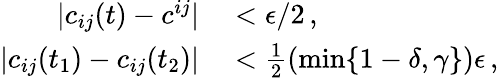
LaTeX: \begin{array}{rl}{|c_{ij}(t)-c^{ij}|}&{{}<\epsilon/2\, ,}\\ {|c_{ij}(t_{1})-c_{ij}(t_{2})|}&{{}<\frac{1}{2}\left(\operatorname*{min}\{ 1-\delta,\gamma\} \right)\epsilon\, ,}\end{array}